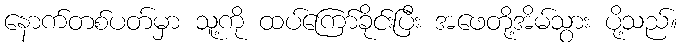
နောက်တစ်ပတ်မှာ သူ့ကို ထပ်ကြော်ခိုင်းပြီး အဖေတို့အိမ်သွား ပို့သည်။